Local science and art examinations and technological examinations, 1910, 1910
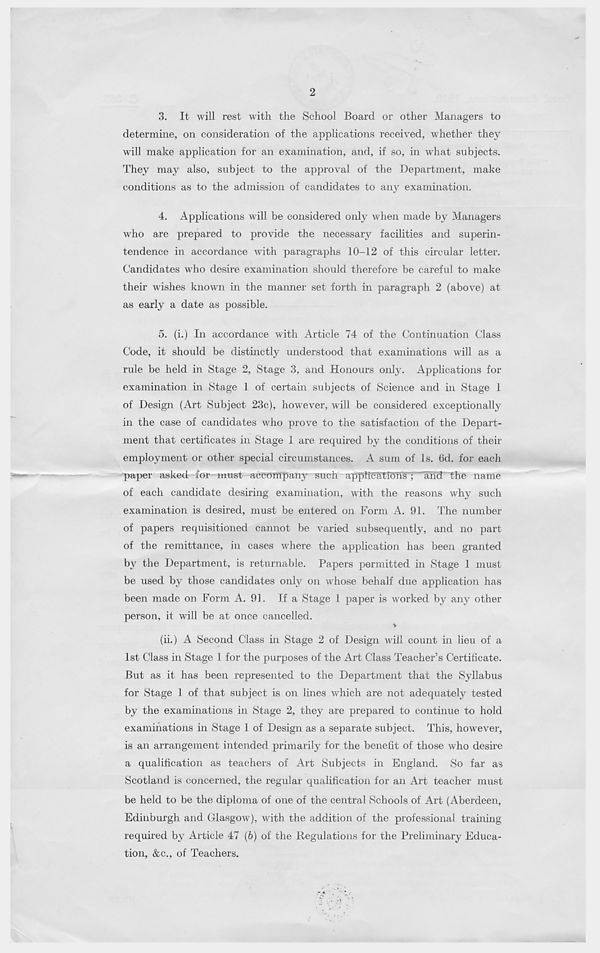
2
3. It will rest with the School Board or other Managers to
determine, on consideration of the applications received, whether they
will make application for an examination, and, if so, in what subjects.
They may also, subject to the approval of the Department, make
conditions as to the admission of candidates to any examination.
4. Applications will be considered only when made by Managers
who are prepared to provide the necessary facilities and superin-
tendence in accordance with paragraphs 10-12 of this circular letter.
Candidates who desire examination should therefore be careful to make
their wishes known in the manner set forth in paragraph 2 (above) at
as early a date as possible.
5. (i.) In accordance with Article 74 of the Continuation Class
Code, it should be distinctly understood that examinations will as a
rule be held in Stage 2, Stage 3, and Honours only. Applications for
examination in Stage 1 of certain subjects of Science and in Stage 1
of Design (Art Subject 23c), however, will be considered exceptionally
in the case of candidates who prove to the satisfaction of the Depart-
ment that certificates in Stage 1 are required by the conditions of their
employment or other special circumstances. A sum of Is. 6d. for each
paper asked for must accompany such appllcltfdns';' and the name
of each candidate desiring examination, with the reasons why such
examination is desired, must be entered on Form A. 91. The number
of papers requisitioned cannot be varied subsequently, and no part
of the remittance, in cases where the application has been granted
by the Department, is returnable. Papers permitted in Stage 1 must
be used by those candidates only on whose behalf due application has
been made on Form A. 91. If a Stage 1 paper is worked by any other
person, it will be at once cancelled.
>
(ii.) A Second Class in Stage 2 of Design will count in lieu of a
1st Class in Stage 1 for the purposes of the Art Class Teacher’s Certificate.
But as it has been represented to the Department that the Syllabus
for Stage 1 of that subject is on lines which are not adequately tested
by the examinations in Stage 2, they are prepared to continue to hold
examinations in Stage 1 of Design as a separate subject. This, however,
is an arrangement intended primarily for the benefit of those who desire
a qualification as teachers of Art Subjects in England. So far as
Scotland is concerned, the regular qualification for an Art teacher must
be held to be the diploma of one of the central Schools of Art (Aberdeen,
Edinburgh and Glasgow), with the addition of the professional training
required by Article 47 (b) of the Regulations for the Preliminary Educa-
tion, &c., of Teachers.